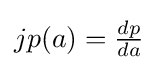
jp(a)={\tfrac {dp}{da}}